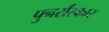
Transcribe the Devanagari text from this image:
पुनर्संस्कार